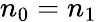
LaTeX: n_{0}=n_{1}